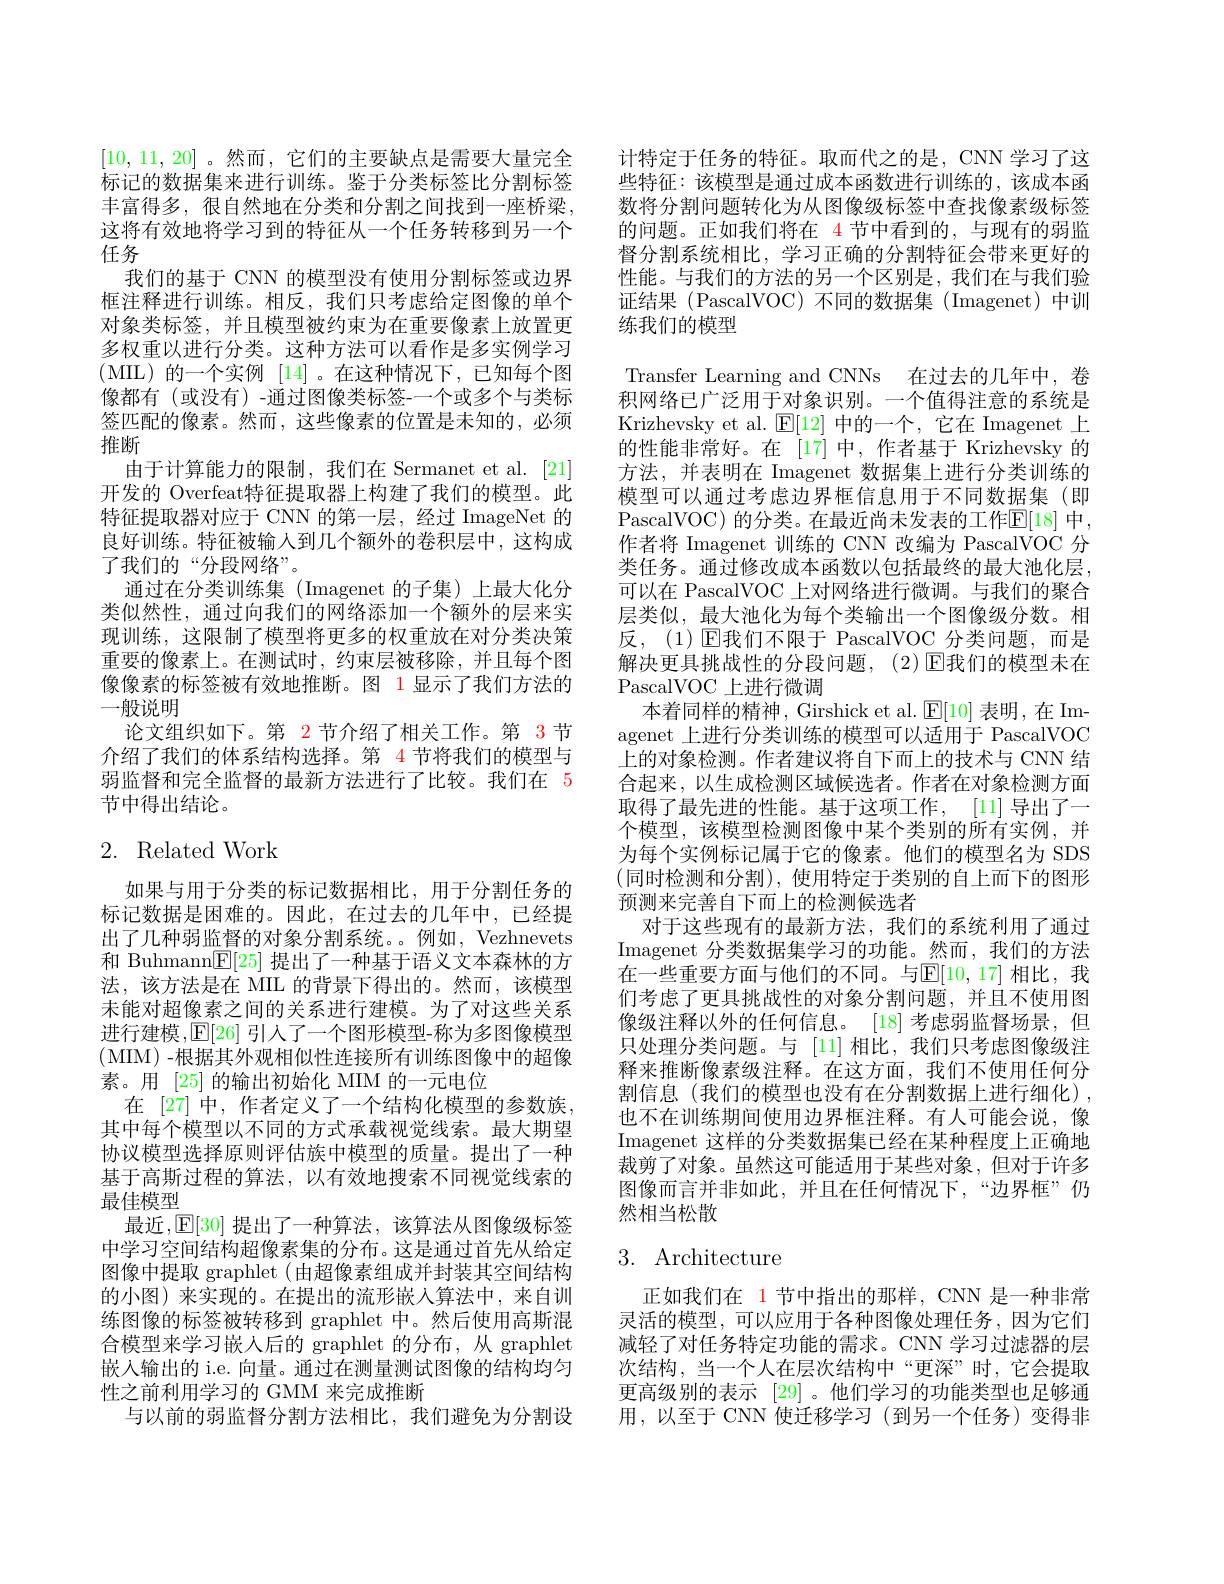
[10,11,20]。然而，它们的主要缺点是需要大量完全标记的数据集来进行训练。鉴于分类标签比分割标签丰富得多，很自然地在分类和分割之间找到一座桥梁， 这将有效地将学习到的特征从一个任务转移到另一个任务
我们的基于 CNN 的模型没有使用分割标签或边界框注释进行训练。相反，我们只考虑给定图像的单个对象类标签，并且模型被约束为在重要像素上放置更多权重以进行分类。这种方法可以看作是多实例学习(MIL)的一个实例[14]。在这种情况下，已知每个图像都有 (或没有)-通过图像类标签-一个或多个与类标签匹配的像素。然而，这些像素的位置是未知的，必须推断
由于计算能力的限制，我们在 Sermanet et al. [21] 开发的 Overfeat特征提取器上构建了我们的模型。此特征提取器对应于 CNN 的第一层，经过 ImageNet 的良好训练。特征被输入到几个额外的卷积层中，这构成了我们的“分段网络”。
通过在分类训练集(Imagenet 的子集)上最大化分类似然性，通过向我们的网络添加一个额外的层来实现训练，这限制了模型将更多的权重放在对分类决策重要的像素上。在测试时，约束层被移除，并且每个图像像素的标签被有效地推断。图 1 显示了我们方法的一般说明
论文组织如下。第 2节介绍了相关工作。第 3节介绍了我们的体系结构选择。第 4 节将我们的模型与弱监督和完全监督的最新方法进行了比较。我们在 5节中得出结论。

# 2. Related Work

如果与用于分类的标记数据相比，用于分割任务的标记数据是困难的。因此，在过去的几年中，已经提出了几种弱监督的对象分割系统。例如，Vezhnevets 和 Buhmann$\mathbb{E}[25]$提出了一种基于语义文本森林的方法，该方法是在 MIL 的背景下得出的。然而，该模型未能对超像素之间的关系进行建模。为了对这些关系进行建模，E[26] 引人了一个图形模型-称为多图像模型(MIM) -根据其外观相似性连接所有训练图像中的超像素。用[25]的输出初始化 MIM 的一元电位
在 [27] 中，作者定义了一个结构化模型的参数族， 其中每个模型以不同的方式承载视觉线索。最大期望协议模型选择原则评估族中模型的质量。提出了一种基于高斯过程的算法，以有效地搜索不同视觉线索的最佳模型
最近，E[30] 提出了一种算法，该算法从图像级标签中学习空间结构超像素集的分布。这是通过首先从给定图像中提取 graphlet (由超像素组成并封装其空间结构的小图) 来实现的。在提出的流形嵌入算法中，来自训练图像的标签被转移到 graphlet 中。然后使用高斯混合模型来学习嵌人后的 graphlet 的分布，从 graphlet 嵌入输出的 i.e. 向量。通过在测量测试图像的结构均匀性之前利用学习的 GMM 来完成推断
与以前的弱监督分割方法相比，我们避免为分割设

计特定于任务的特征。取而代之的是，CNN 学习了这些特征：该模型是通过成本函数进行训练的，该成本函数将分割问题转化为从图像级标签中查找像素级标签的问题。正如我们将在 4 节中看到的，与现有的弱监督分割系统相比，学习正确的分割特征会带来更好的性能。与我们的方法的另一个区别是，我们在与我们验证结果(PascalVOC)不同的数据集(Imagenet)中训练我们的模型
Transfer Learning and CNNs 在过去的几年中，卷积网络已广泛用于对象识别。一个值得注意的系统是Krizhevsky et al. $\mathbb{E}[12]$中的一个，它在 Imagenet 上的性能非常好。在[17]中，作者基于 Krizhevsky 的方法，并表明在 Imagenet 数据集上进行分类训练的模型可以通过考虑边界框信息用于不同数据集(即PascalVOC) 的分类。在最近尚未发表的工作$\mathbb{E}[18]$ 中， 作者将 Imagenet 训练的 CNN 改编为 PascalVOC 分类任务。通过修改成本函数以包括最终的最大池化层， 可以在 PascalVOC 上对网络进行微调。与我们的聚合层类似，最大池化为每个类输出一个图像级分数。相反，(1)▣团我们不限于 PascalVOC 分类问题，而是解决更具挑战性的分段问题，(2)E我们的模型未在PascalVOC 上进行微调
本着同样的精神，Girshick et al. $\mathsf{E}[10]$表明，在 Imagenet 上进行分类训练的模型可以适用于 PascalVOC 上的对象检测。作者建议将自下而上的技术与 CNN 结合起来，以生成检测区域候选者。作者在对象检测方面取得了最先进的性能。基于这项工作，[11]导出了一个模型，该模型检测图像中某个类别的所有实例，并为每个实例标记属于它的像素。他们的模型名为 SDS (同时检测和分割),使用特定于类别的自上而下的图形预测来完善自下而上的检测候选者
对于这些现有的最新方法，我们的系统利用了通过Imagenet 分类数据集学习的功能。然而，我们的方法在一些重要方面与他们的不同。与$\mathbb{E}[10,17]$ 相比，我们考虑了更具挑战性的对象分割问题，并且不使用图像级注释以外的任何信息。[18]考虑弱监督场景，但只处理分类问题。与 [11] 相比，我们只考虑图像级注释来推断像素级注释。在这方面，我们不使用任何分割信息(我们的模型也没有在分割数据上进行细化), 也不在训练期间使用边界框注释。有人可能会说，像Imagenet 这样的分类数据集已经在某种程度上正确地裁剪了对象。虽然这可能适用于某些对象，但对于许多图像而言并非如此，并且在任何情况下，“边界框”仍然相当松散

# 3. Architecture

正如我们在 1 节中指出的那样，CNN 是一种非常灵活的模型，可以应用于各种图像处理任务，因为它们减轻了对任务特定功能的需求。CNN 学习过滤器的层次结构，当一个人在层次结构中“更深”时，它会提取更高级别的表示 [29]。他们学习的功能类型也足够通用，以至于 CNN 使迁移学习 (到另一个任务)变得非